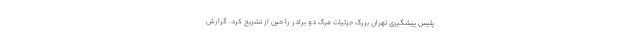
پلیس پیشگیری تهران بزرگ جزئیات مرگ دو برادر را حین از تشریح کرد. گزارش